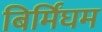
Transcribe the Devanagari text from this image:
बिर्मिंघम